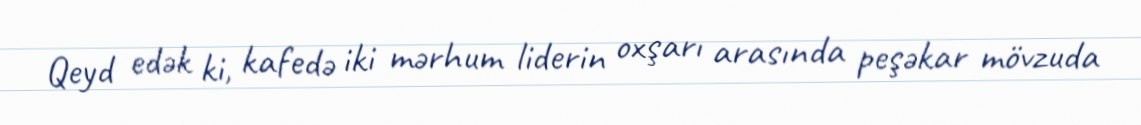
Qeyd edək ki, kafedə iki mərhum liderin oxşarı arasında peşəkar mövzuda